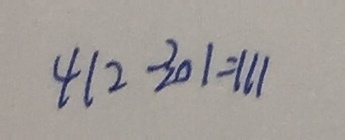
4 1 2 - 3 0 1 = 1 1 1